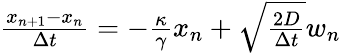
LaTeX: \begin{array}{r}{\frac{x_{n+1}-x_{n}}{\Delta t}=-\frac{\kappa}{\gamma}x_{n}+\sqrt{\frac{2D}{\Delta t}}w_{n}}\end{array}